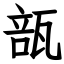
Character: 瓿